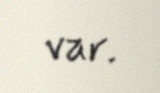
var.